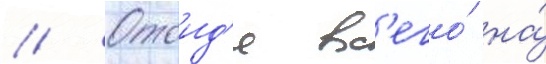
// Отоид'я вс'его́ на́